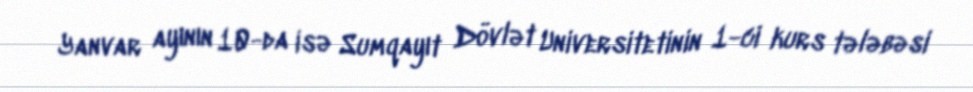
Yanvar ayının 10-da isə Sumqayıt Dövlət Universitetinin 1-ci kurs tələbəsi